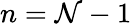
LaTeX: n=\mathcal{N}-1